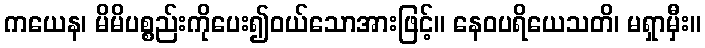
ကယေန၊ မိမိပစ္စည်းကိုပေး၍ဝယ်သောအားဖြင့်။ နေဝပရိယေသတိ၊ မရှာမှီး။